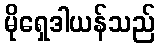
မိုရှေဒါယန်သည်